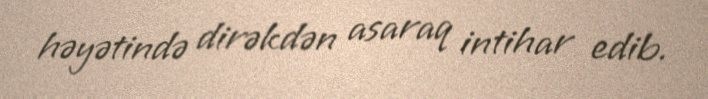
həyətində dirəkdən asaraq intihar edib.